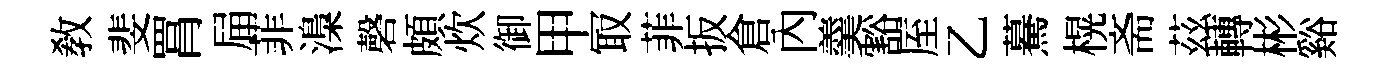
敎斐罥屇菲𣻏磬頗炊御甲冣菲扳倉內羹豁厔乙驀榥斋茲轉彬谿